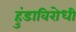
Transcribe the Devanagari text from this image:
हुंडाविरोधी